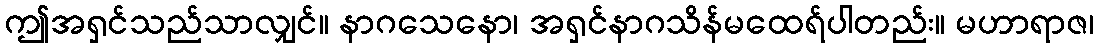
ဤအရှင်သည်သာလျှင်။ နာဂသေနော၊ အရှင်နာဂသိန်မထေရ်ပါတည်း။ မဟာရာဇ၊